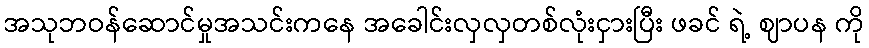
အသုဘဝန်ဆောင်မှုအသင်းကနေ အခေါင်းလှလှတစ်လုံးငှားပြီး ဖခင် ရဲ့ ဈာပန ကို